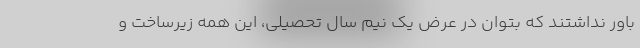
باور نداشتند که بتوان در عرض یک نیم سال تحصیلی، این همه زیرساخت و